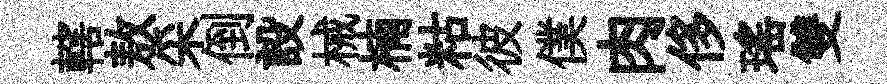
轄敖采倒設械楠䊀彼僕肉侈瑤雙